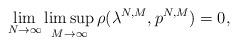
LaTeX: \begin{align*}\lim_{N\rightarrow\infty}\limsup_{M\rightarrow\infty}\rho(\lambda^{N,M},p^{N,M}) = 0,\end{align*}